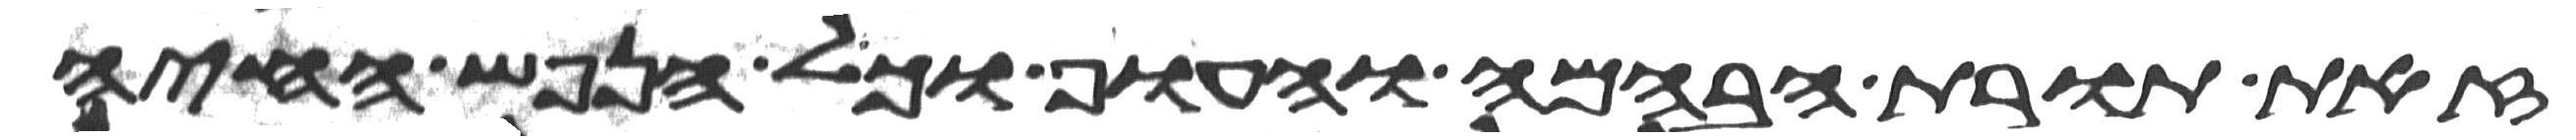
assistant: זאת תורת הבהמה והעוף וכל הנפש החיה